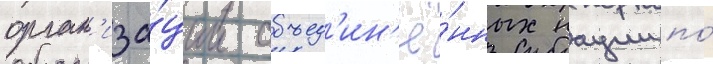
орган'иза́ции объед'ин'ё́нных нации по́